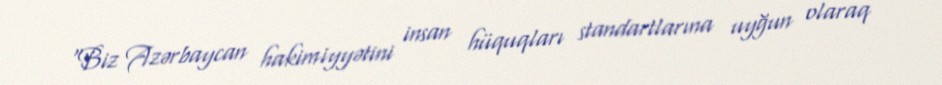
“Biz Azərbaycan hakimiyyətini insan hüquqları standartlarına uyğun olaraq